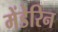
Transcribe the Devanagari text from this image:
मेंडेरिन